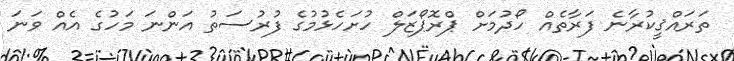
ތަރައްޤީކުރާނެ ފަރާތެއް ހޯދުމަށް ޕްރޮޕޯޒަލް ހުށަހެޅުމުގެ ފުރުސަތު އަންނަ މަހުގެ އެއް ވަނަ